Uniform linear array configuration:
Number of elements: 32
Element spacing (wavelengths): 0.5
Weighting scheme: hann
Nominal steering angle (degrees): -15
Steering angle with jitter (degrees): -13.474
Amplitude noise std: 0.05
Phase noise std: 0.05

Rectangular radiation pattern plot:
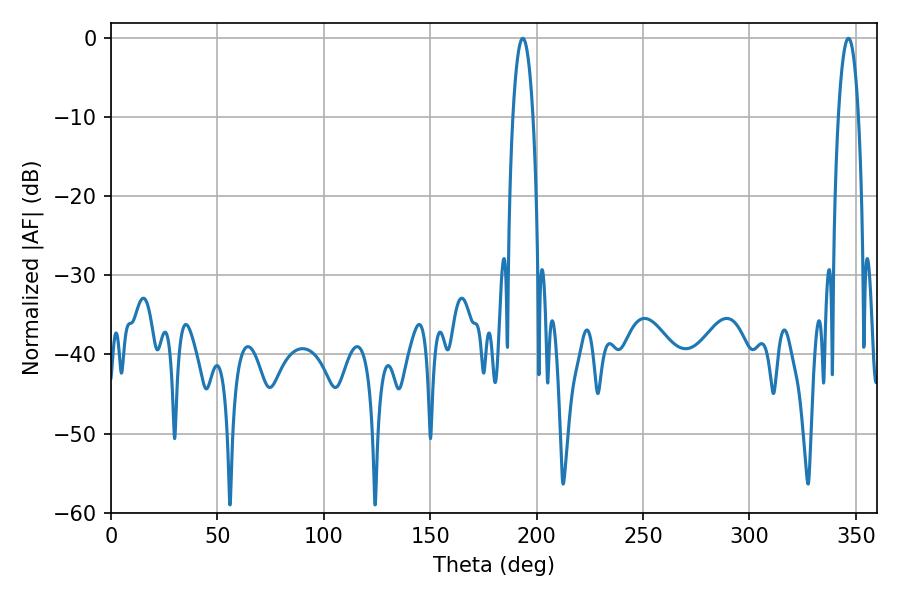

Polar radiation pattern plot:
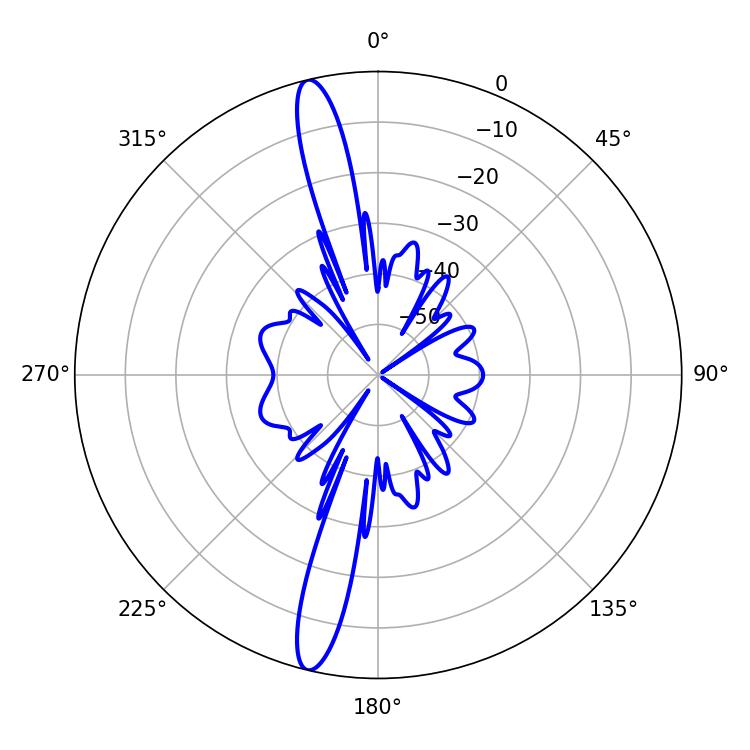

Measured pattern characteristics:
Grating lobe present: FALSE
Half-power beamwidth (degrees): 5.4
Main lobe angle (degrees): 193.5